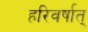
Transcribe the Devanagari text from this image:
हरिवर्षात्